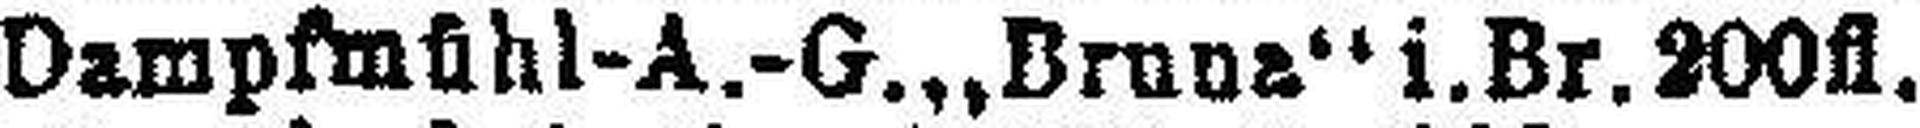
Dampfmühl-A.-G.,,Bruna“ i.Br. 200fl.